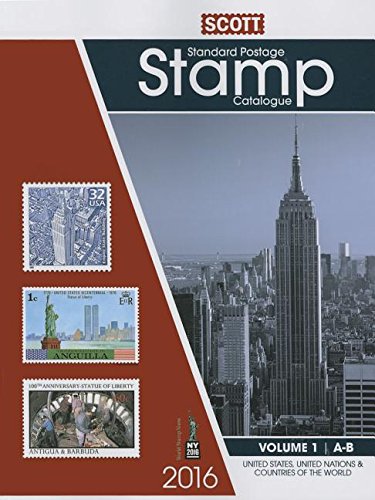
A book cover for Scott Standard Postage Stamp Catalogue 2016: United States and Affiliated Territories United Nations: Countries of the World A-B (Scott Standard Postage Stamp Catalogue Vol 1 Us and Countries a-B); Crafts, Hobbies & Home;